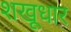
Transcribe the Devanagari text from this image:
शखूधार